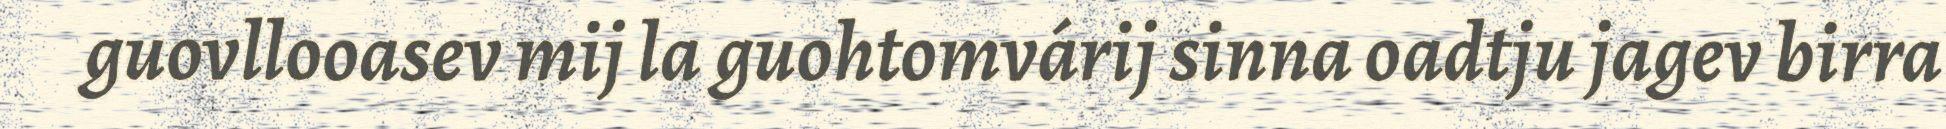
guovllooasev mij la guohtomvárij sinna oadtju jagev birra